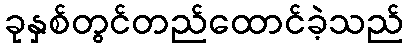
ခုနှစ်တွင်တည်ထောင်ခဲ့သည်